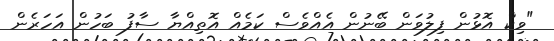
"ވިކް އޮޅުން ފިލުވަން ބޭނުން އެއްވެސް ކަމެއް އޮތިއްޔާ ސާފު ބަހުން އަހަރެން